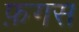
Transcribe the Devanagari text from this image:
फ़गस